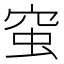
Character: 𧉴